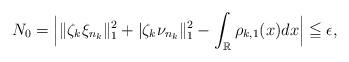
LaTeX: \begin{align*}N_0=\Big |\|\zeta_k \xi_{n_k}\|^2_1+ |\zeta_k \nu_{n_k}\|^2_1-\int_{\mathbb R} \rho_{k,1}(x)dx\Big|\leqq \epsilon,\end{align*}